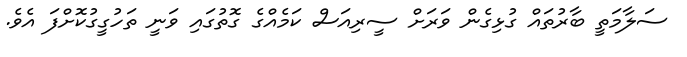
ސަލާމަތީ ބާރުތައް ގުޅިގެން ވަރަށް ސީރިއަސް ކަމެއްގެ ގޮތުގައި ވަނީ ތަހުގީގުކޮށްފަ އެވެ.